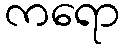
ကရော